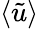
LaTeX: \left\langle\tilde{u}\right\rangle